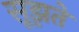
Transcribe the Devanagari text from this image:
सूझते